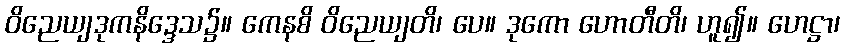
ဝိညေယျဒုကနိဒ္ဒေသ၌။ ကေနစိ ဝိညေယျတိ၊ ပေ။ ဒုကော ဟောတီတိ၊ ဟူ၍။ ဟေဋ္ဌာ၊